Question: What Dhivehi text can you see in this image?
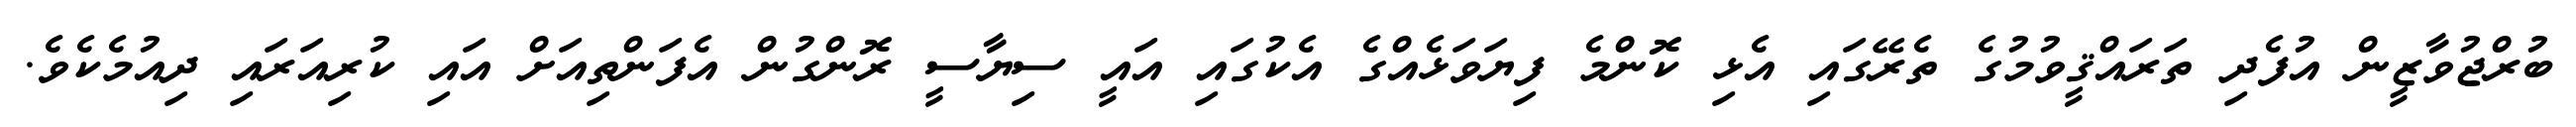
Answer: ބުރްޖުވާޒީން އުފެދި ތަރައްޤީވުމުގެ ތެރޭގައި އެޅި ކޮންމެ ފިޔަވަޅެއްގެ އެކުގައި އައީ ސިޔާސީ ރޮންގުން އެފަންތިއަށް އައި ކުރިއަރައި ދިއުމެކެވެ.